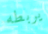
يربطه